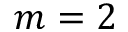
m = 2